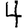
Digit: 4